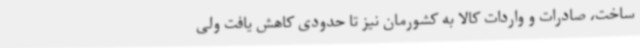
ساخت، صادرات و واردات کالا به کشورمان نیز تا حدودی کاهش یافت ولی